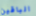
الباقين